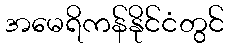
အမေရိကန်နိုင်ငံတွင်